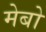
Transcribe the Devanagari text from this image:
मेबो